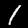
Label: 1